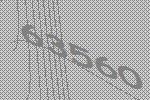
63560